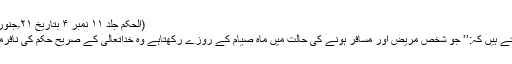
(الحکم جلد ۱۱ نمبر ۴ بتاریخ ۲۱؍جنوری ۱۹۰۷ ء)
پھر آپ فرماتے ہیں کہ:’’ جو شخص مریض اور مسافر ہونے کی حالت میں ماہ صیام کے روزے رکھتاہے وہ خداتعالیٰ کے صریح حکم کی نافرمانی کرتاہے۔